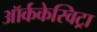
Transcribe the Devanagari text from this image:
ऑर्ककेस्विट्रा